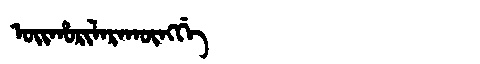
Manchu: ᠣᡳᡥᠣᡵᡳᠯᠠᡵᠠᡴᡡᠩᡤᡝ
Romanization: OIHORILARAKŪNGGE